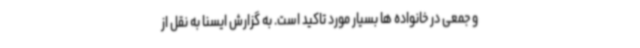
و جمعی در خانواده ها بسیار مورد تاکید است. به گزارش ایسنا به نقل از